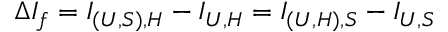
\Delta I _ { f } = I _ { ( U , S ) , H } - I _ { U , H } = I _ { ( U , H ) , S } - I _ { U , S }